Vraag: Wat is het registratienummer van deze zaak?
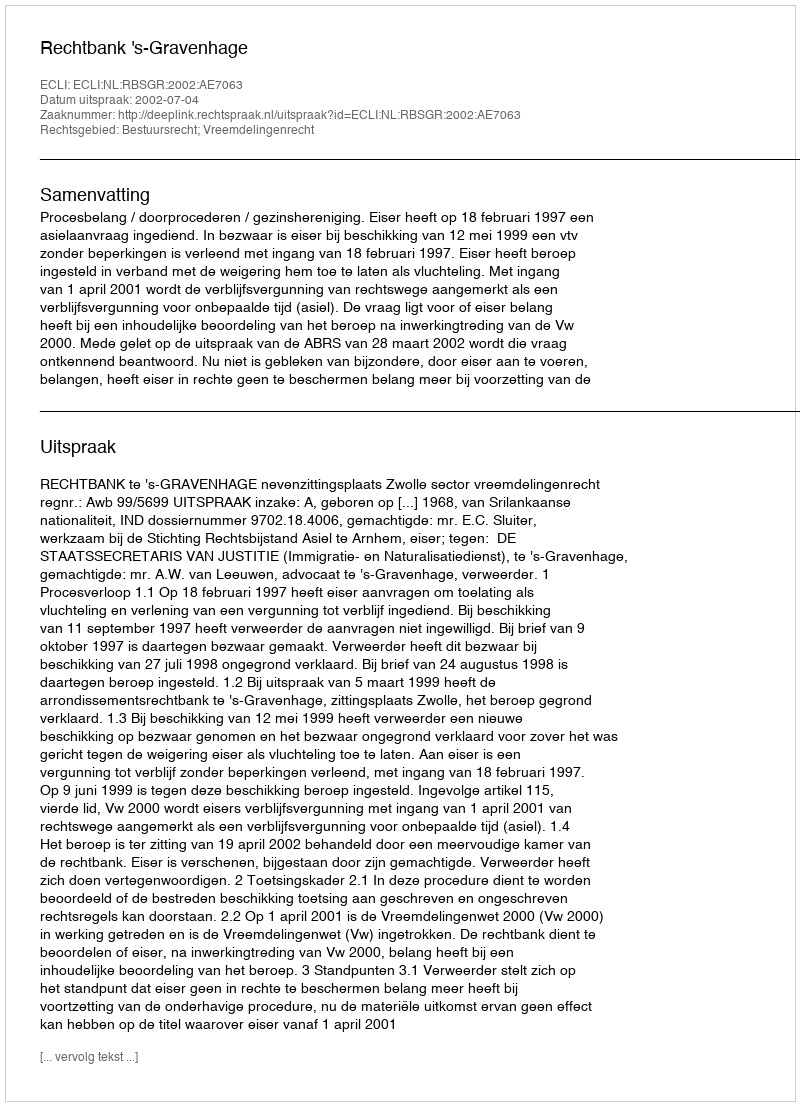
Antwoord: http://deeplink.rechtspraak.nl/uitspraak?id=ECLI:NL:RBSGR:2002:AE7063